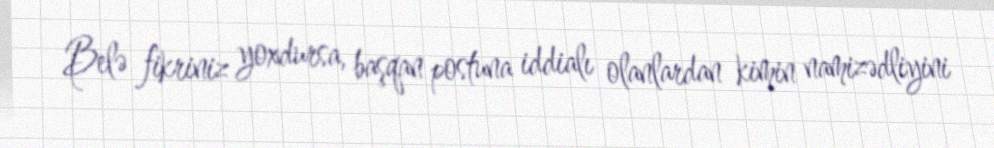
Belə fikriniz yoxdursa, başqan postuna iddialı olanlardan kimin namizədliyini